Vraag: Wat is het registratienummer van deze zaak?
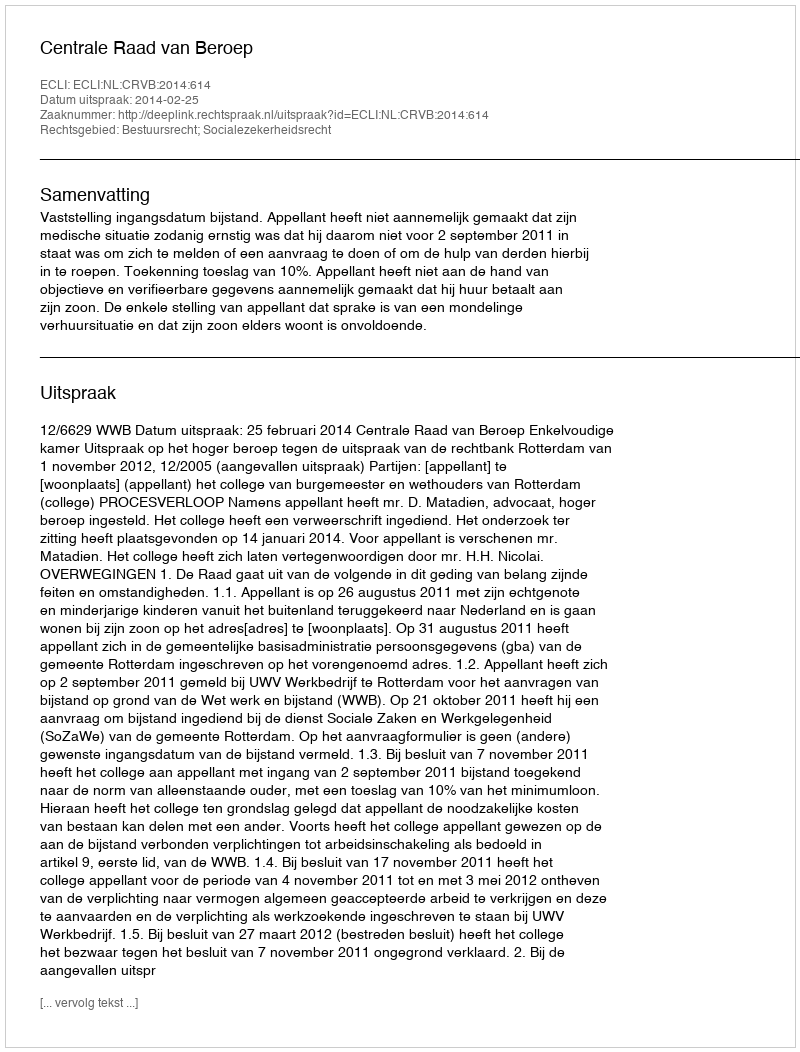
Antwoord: http://deeplink.rechtspraak.nl/uitspraak?id=ECLI:NL:CRVB:2014:614